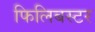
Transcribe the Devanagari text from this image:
फिलिबस्टर